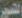
التصوير